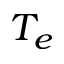
T _ { e }